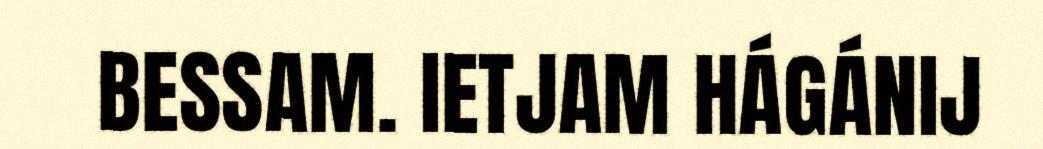
BESSAM. IETJAM HÁGÁNIJ